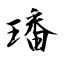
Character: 璠